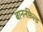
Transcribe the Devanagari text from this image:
बानर्नफ़ेल्ड